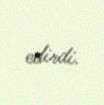
edirdi.